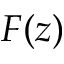
F ( z )